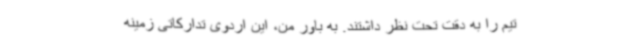
تیم را به دقت تحت نظر داشتند. به باور من، این اردوی تدارکاتی زمینه